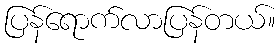
ပြန်ရောက်လာပြန်တယ်။